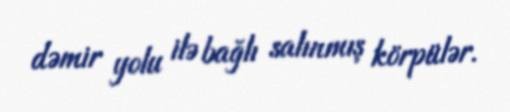
dəmir yolu ilə bağlı salınmış körpülər.